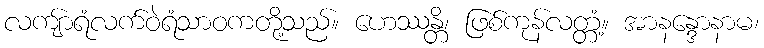
လကျ်ာရံလက်ဝဲရံသာဝကတို့သည်။ ဟေဿန္တိ၊ ဖြစ်ကုန်လတ္တံ့။ အာနန္ဒောနာမ၊